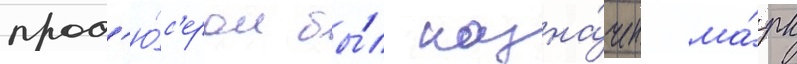
прод'ю́с'ером бы́л назна́чен ма́рк